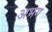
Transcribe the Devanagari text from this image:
अभग